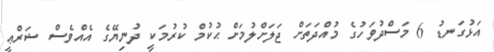
އަޅުގަނޑު 6 މަސްދުވަހުގެ މުއްދަތަށް ޖަލަށްލުމަށް ޙުކުމް ކުރުމަކީ ދުނިޔޭގެ އެއްވެސް ޝަރްޢީ